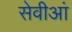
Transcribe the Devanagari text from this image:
सेवीआं